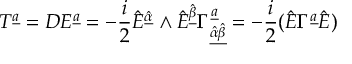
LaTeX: T ^ { { \underline { { a } } } } = { \cal D } E ^ { { \underline { { a } } } } = - { \frac { i } { 2 } } \hat { E } ^ { \hat { \underline { { \alpha } } } } \wedge \hat { E } ^ { \hat { \underline { { \beta } } } } \Gamma _ { { \underline { { { \hat { \alpha } \hat { \beta } } } } } } ^ { { \underline { { a } } } } = - { \frac { i } { 2 } } ( \hat { E } \Gamma ^ { { \underline { { a } } } } \hat { E } )